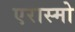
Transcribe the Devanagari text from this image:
एरास्मो